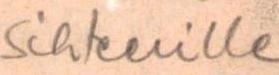
sihteerille